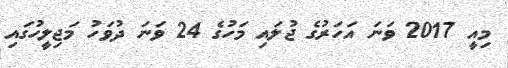
މިއީ 2017 ވަނަ އަހަރުގެ ޖުލައި މަހުގެ 24 ވަނަ ދުވަހު މަޖިލީހުގައި